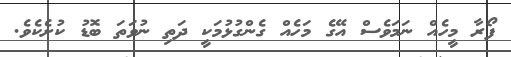
ފޯރާ މީހެއް ނަމަވެސް އޭގެ މަހެއް ގެންގުޅުމަކީ ދަތި ނުވަތަ ބޮޑު ކުށެކެވެ.